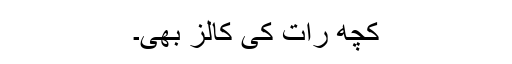
کچھ رات کی کالز بھی۔